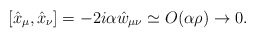
\begin{align*}[\hat{x}_{\mu},\hat{x}_{\nu}]=-2i\alpha\hat{w}_{\mu\nu} \simeq O (\alpha \rho) \rightarrow 0.\end{align*}